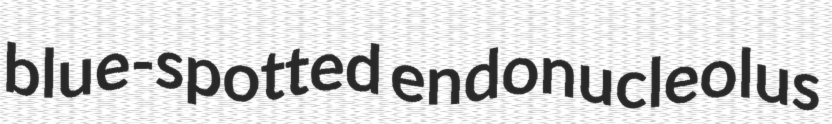
blue-spotted endonucleolus